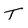
Character: T